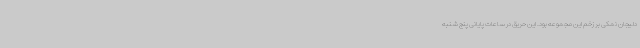
دلیجان نمکی بر زخم این مجموعه بود. این حریق در ساعات پایانی پنج شنبه